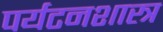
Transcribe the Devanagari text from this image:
पर्यटनशास्त्र